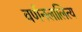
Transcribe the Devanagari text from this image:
वर्णनलालित्य